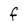
Character: f